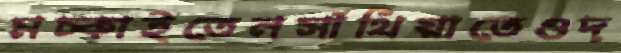
মচ্‌কাইতেনসাঁথিয়াতেওদ